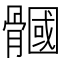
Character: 𩪐